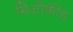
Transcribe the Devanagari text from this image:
मिओफ़ीड